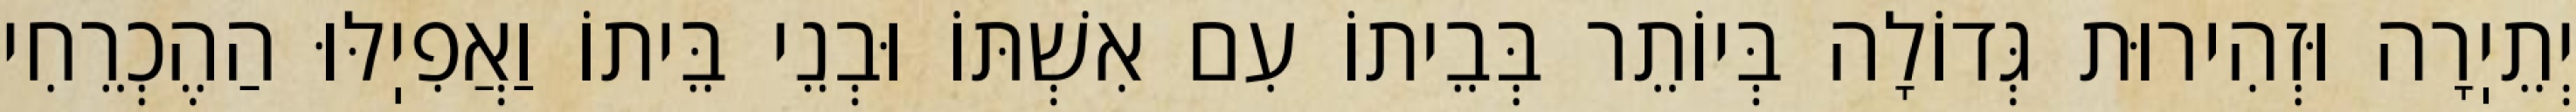
יְתֵיֽרָה וּזְהִירוּת גְּדוֹלָה בְּיוֹתֵר בְּבֵיתוֹ עִם אִשְׁתּוֹ וּבְנֵי בֵּיתוֹ וַאֲפִיֽלּוּ הַהֶכְרֵחִי